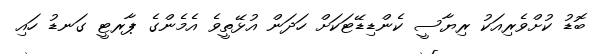
ބޮޑު ކުށްވެރިއަކު ރިޔާސީ ކެންޑިޑޭޓަކަށް ހަދަން އުޅޭތީވެ އެމެންގެ ޕާރޓީ ގަނޑު ހައި